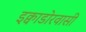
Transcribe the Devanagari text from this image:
इक्वाडोरवासी